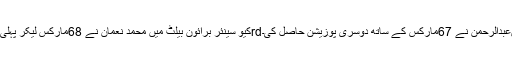
1stکیو سینئر برائون بیلٹ میں محمد نعمان نے 68مارکس لیکر پہلی پوزیشن جبکہ3rdکیو برائون بیلٹ میںعبدالرحمن نے 67مارکس کے ساتھ دوسری پوزیشن حاصل کی۔